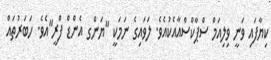
ކިޔާފައި ވަނީ ވިލިއަމް ސްޕާކްސްއާއެކުއެވެ. ލަވައިގެ ނަމަކީ "ޔަންގ އެންޑް ފްރީ"އެވެ. ހަބަރުތައް